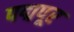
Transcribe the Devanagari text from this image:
पद्मपूर